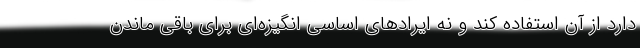
دارد از آن استفاده کند و نه ایرادهای اساسی انگیزه‌ای برای باقی ماندن